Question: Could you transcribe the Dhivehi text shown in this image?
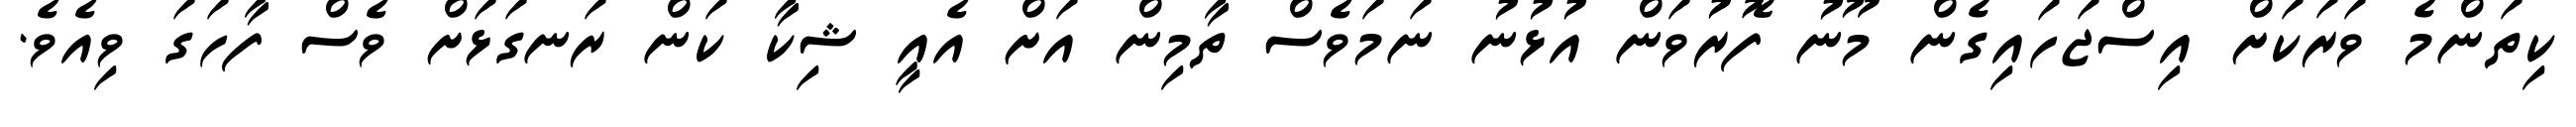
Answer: ކިތަންމެ ވަރަކަށް އިސްޖަހައިގެން މޫނު ފޮރުވަން އުޅުނު ނަމަވެސް ތާމިން އަށް އެއީ ޝިކާ ކަން ރަނގަޅަށް ވެސް ފާހަގަ ވިއެވެ.